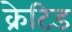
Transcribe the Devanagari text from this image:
क्रेटिड